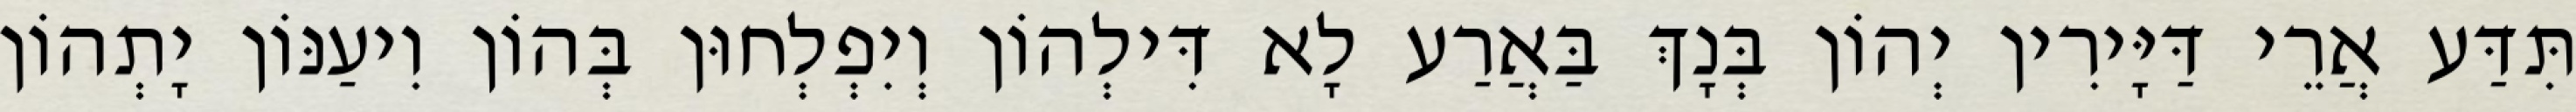
תִּדַּע אֲרֵי דַּיָּירִין יְהוֹן בְּנָךְ בַּאֲרַע לָא דִּילְהוֹן וְיִפְלְחוּן בְּהוֹן וִיעַנּוֹן יָתְהוֹן